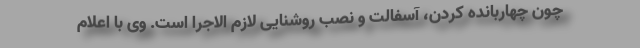
چون چهاربانده کردن، آسفالت و نصب روشنایی لازم الاجرا است. وی با اعلام